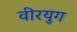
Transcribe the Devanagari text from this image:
वीरयुग